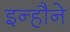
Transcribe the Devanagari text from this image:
इन्हौने